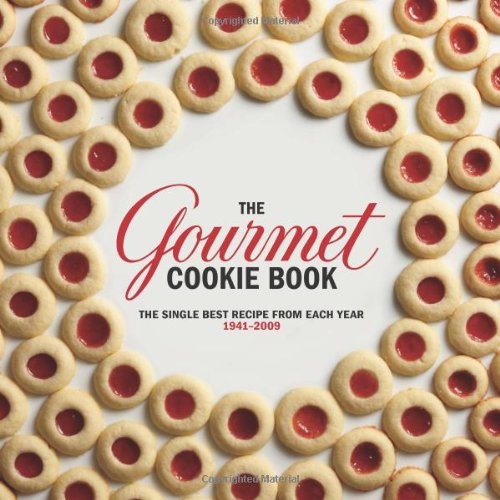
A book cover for The Gourmet Cookie Book: The Single Best Recipe from Each Year 1941-2009; Gourmet Magazine; Cookbooks, Food & Wine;